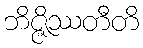
ဘိဇ္ဇိဿတီတိ